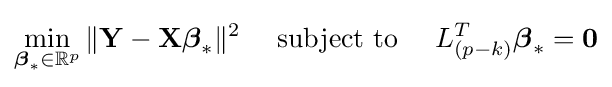
\min _{{\boldsymbol {\beta }}_{*}\in \mathbb {R} ^{p}}\|\mathbf {Y} -\mathbf {X} {\boldsymbol {\beta }}_{*}\|^{2}\quad {\text{ subject to }}\quad L_{(p-k)}^{T}{\boldsymbol {\beta }}_{*}=\mathbf {0}